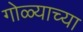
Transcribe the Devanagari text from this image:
गोळ्याच्या